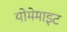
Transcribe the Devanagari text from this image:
योमेमाइट